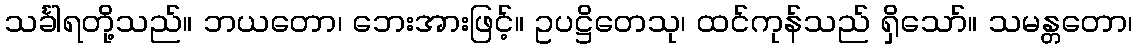
သင်္ခါရတို့သည်။ ဘယတော၊ ဘေးအားဖြင့်။ ဥပဋ္ဌိတေသု၊ ထင်ကုန်သည် ရှိသော်။ သမန္တတော၊